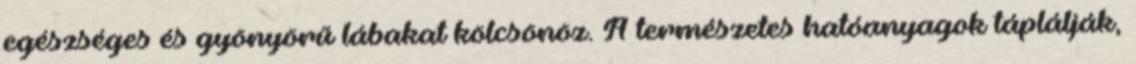
egészséges és gyönyörű lábakat kölcsönöz. A természetes hatóanyagok táplálják,